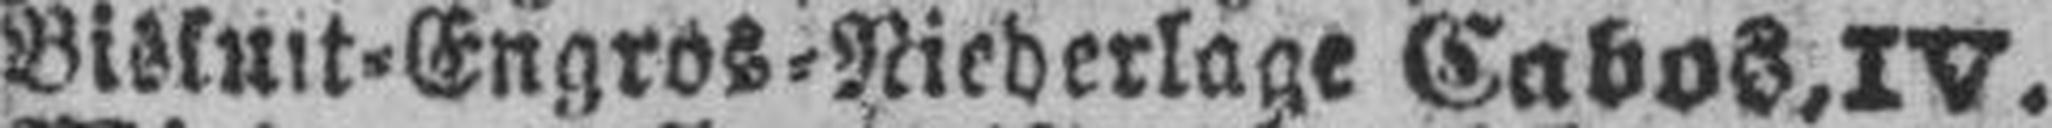
Biskuit=Engros=Niederlage Cabos, IV.